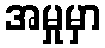
အမှုမှာ